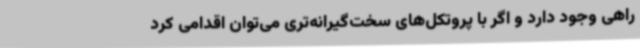
راهی وجود دارد و اگر با پروتکل‌های سخت‌گیرانه‌تری می‌توان اقدامی کرد